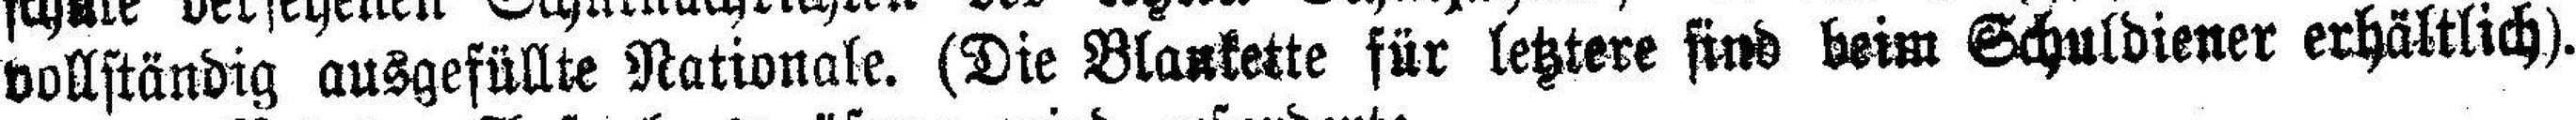
vollständig ausgefüllte Nationale. (Die Blaukette für letztere sind beim Schuldiener erhältlich).